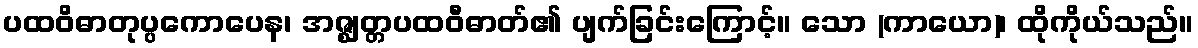
ပထဝိဓာတုပ္ပကောပေန၊ အဇ္ဈတ္တပထဝီဓာတ်၏ ပျက်ခြင်းကြောင့်။ သော (ကာယော)၊ ထိုကိုယ်သည်။